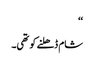
‘‘
شام ڈھلنے کو تھی۔